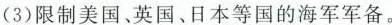
(3)限制美国、英国、日本等国的海军军备。